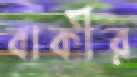
বাকীর